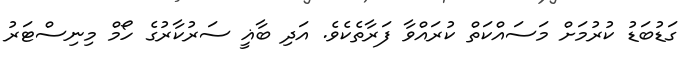
ގަޑުބަޑު ކުރުމަށް މަސައްކަތް ކުރައްވާ ފަރާތެކެވެ. އަދި ބާޣީ ސަރުކާރުގެ ހޯމް މިނިސްޓަރު